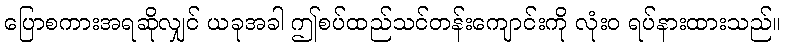
ပြောစကားအရဆိုလျှင် ယခုအခါ ဤစပ်ထည်သင်တန်းကျောင်းကို လုံးဝ ရပ်နားထားသည်။